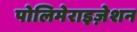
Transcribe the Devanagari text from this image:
पोलिमेराइज़ेशन